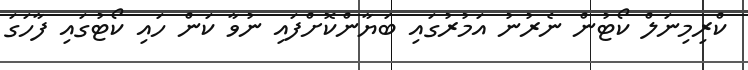
ކްރިމިނަލް ކޯޓުން ނެރުނު އަމުރުގައި ބަޔާންކޮށްފައި ނުވާ ކަން ހައި ކޯޓުގައި ފާހަގަ